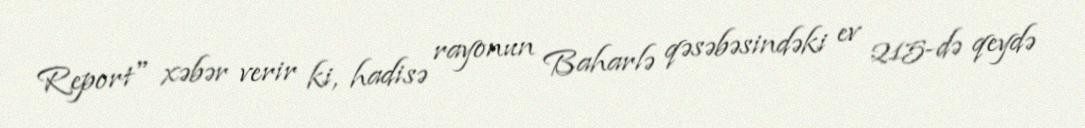
Report" xəbər verir ki, hadisə rayonun Baharlə qəsəbəsindəki ev 215-də qeydə